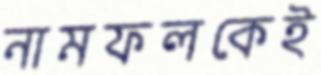
নামফলকেই